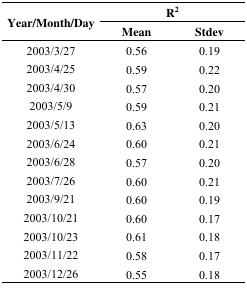
<table><thead><tr><td rowspan="3"><b>Year/Month/Day</b></td><td colspan="2"><b>R<sup>2</sup></b></td></tr><tr><td><b>Mean</b></td><td><b>Stdev</b></td></tr></thead><tbody><tr><td>2003/3/27</td><td>0.56</td><td>0.19</td></tr><tr><td>2003/4/25</td><td>0.59</td><td>0.22</td></tr><tr><td>2003/4/30</td><td>0.57</td><td>0.20</td></tr><tr><td>2003/5/9</td><td>0.59</td><td>0.21</td></tr><tr><td>2003/5/13</td><td>0.63</td><td>0.20</td></tr><tr><td>2003/6/24</td><td>0.60</td><td>0.21</td></tr><tr><td>2003/6/28</td><td>0.57</td><td>0.20</td></tr><tr><td>2003/7/26</td><td>0.60</td><td>0.21</td></tr><tr><td>2003/9/21</td><td>0.60</td><td>0.19</td></tr><tr><td>2003/10/21</td><td>0.60</td><td>0.17</td></tr><tr><td>2003/10/23</td><td>0.61</td><td>0.18</td></tr><tr><td>2003/11/22</td><td>0.58</td><td>0.17</td></tr><tr><td>2003/12/26</td><td>0.55</td><td>0.18</td></tr></tbody></table>